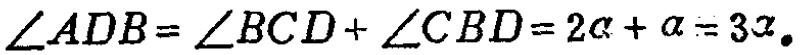
\(\angle ADB = \angle BCD + \angle CBD = 2\alpha+\alpha = 3\alpha。\)